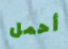
أحمل